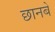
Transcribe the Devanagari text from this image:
छानबे